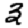
Digit: 3